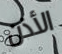
الأذن